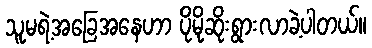
သူမရဲ့အခြေအနေဟာ ပိုမိုဆိုးရွားလာခဲ့ပါတယ်။